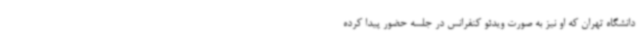
دانشگاه تهران که او نیز به صورت ویدئو کنفرانس در جلسه حضور پیدا کرده